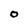
Character: O